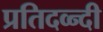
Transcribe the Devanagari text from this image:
प्रतिदव्न्दी